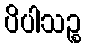
ပိပါသဉ္စ